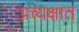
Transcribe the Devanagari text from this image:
प्रत्त्यक्षात